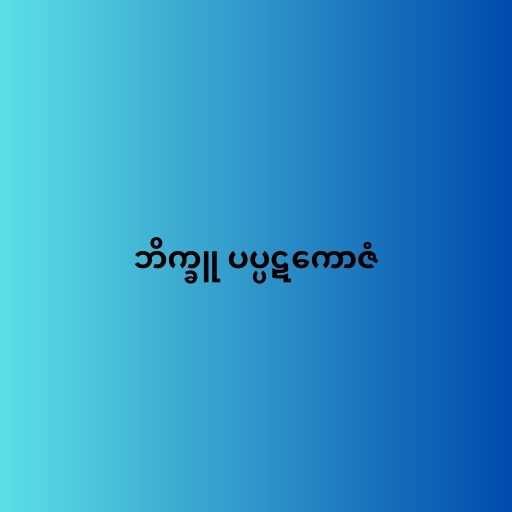
ဘိက္ခူ ပပ္ပဋကောဇံ